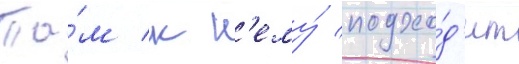
Та́м к н'ему́ подхо́д'ит